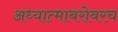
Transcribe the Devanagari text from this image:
अध्यात्माबरोबरच